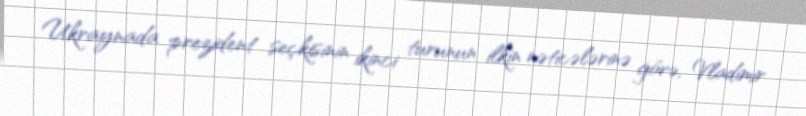
Ukraynada prezident seçkisinin ikinci turunun ilkin nəticələrinə görə, Vladimir